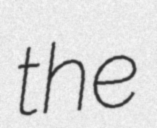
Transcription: the